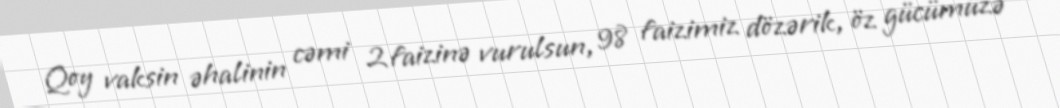
Qoy vaksin əhalinin cəmi 2 faizinə vurulsun, 98 faizimiz dözərik, öz gücümüzə